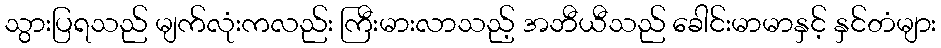
သွားပြရသည် မျက်လုံးကလည်း ကြီးမားလာသည့် အဘီယီသည် ခေါင်းမာမာနှင့် နှင်တံများ